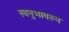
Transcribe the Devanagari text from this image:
स्वनुभावरून